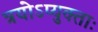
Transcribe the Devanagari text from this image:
त्रयोऽप्युक्ताः